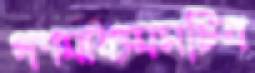
গণমাধ্যমসচিব